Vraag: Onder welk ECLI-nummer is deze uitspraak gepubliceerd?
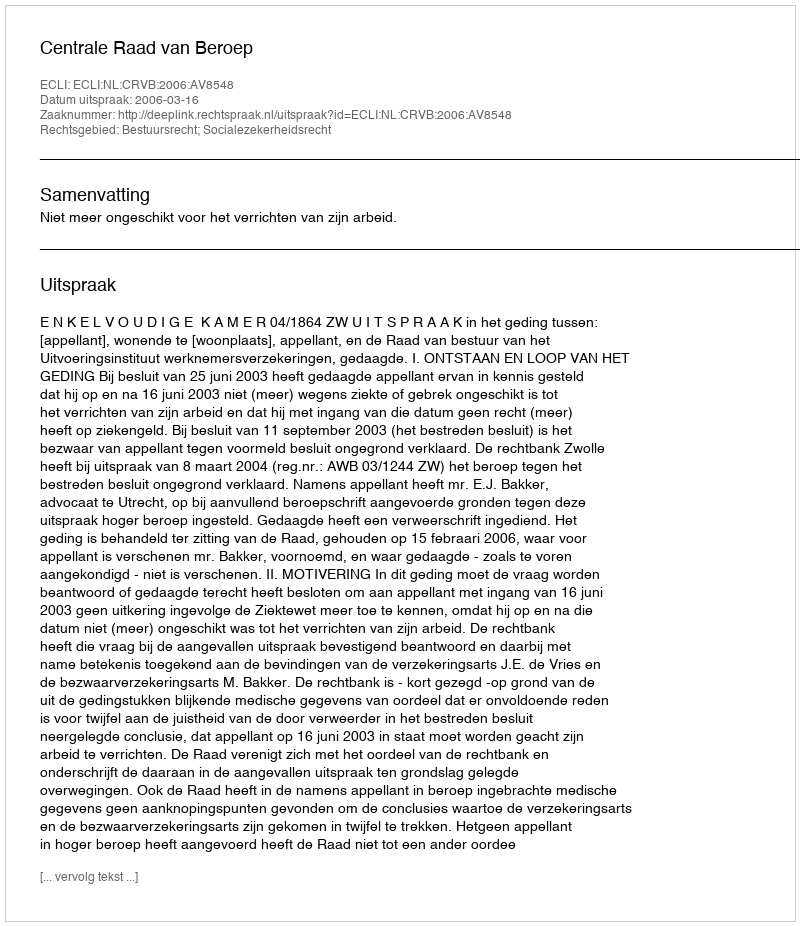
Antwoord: ECLI:NL:CRVB:2006:AV8548